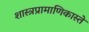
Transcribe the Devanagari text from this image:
शास्त्रप्रामाणिकास्ते